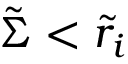
\tilde { \Sigma } < \tilde { r } _ { i }